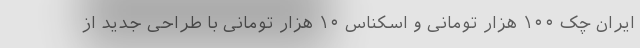
ایران چک ۱۰۰ هزار تومانی و اسکناس ۱۰ هزار تومانی با طراحی جدید از